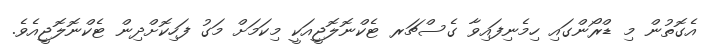
އެގޮތުން މި ޑްރޯންގައި ހިމެނިފައިވާ ގެސްޗަރ ޓެކްނޮލޮޖީއަކީ މިކަމަށް މަގު ފަހިކޮށްދިން ޓެކްނޮލޮޖީއެވެ.